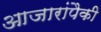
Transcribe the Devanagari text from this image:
आजारांपैकी